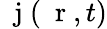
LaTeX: \mathrm{~\mathbf~j~}(\mathrm{~\mathbf~r~},t)